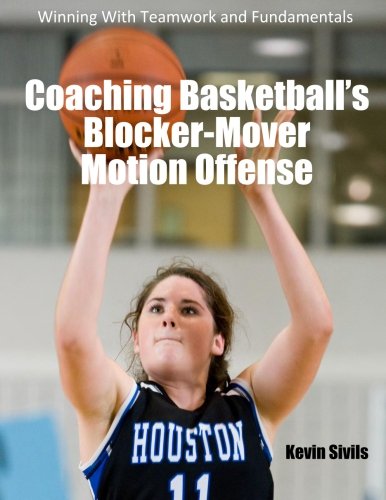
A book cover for Coaching Basketball's Blocker-Mover Motion Offense: Winning With Teamwork and Fundamentals; Kevin Sivils; Sports & Outdoors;